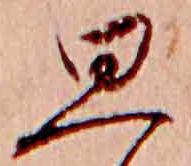
思